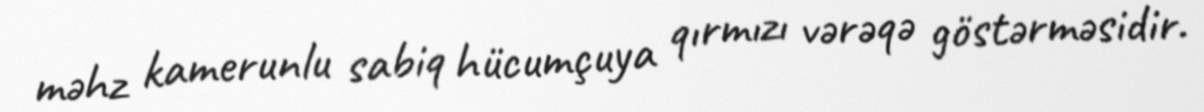
məhz kamerunlu sabiq hücumçuya qırmızı vərəqə göstərməsidir.